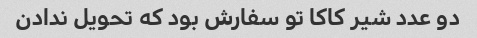
دو عدد شیر کاکا تو سفارش بود که تحویل ندادن